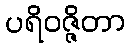
ပရိဝဇ္ဇိတာ